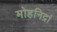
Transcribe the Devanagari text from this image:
मोहनिद्रां